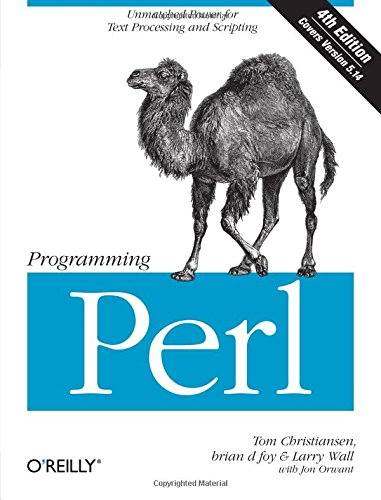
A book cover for Programming Perl: Unmatched power for text processing and scripting; Tom Christiansen; Computers & Technology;